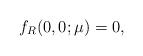
LaTeX: \begin{align*}f_R(0,0;\mu) = 0,\end{align*}